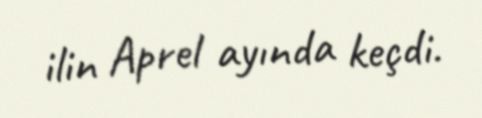
ilin Aprel ayında keçdi.